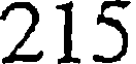
215